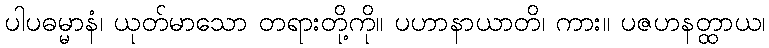
ပါပဓမ္မာနံ၊ ယုတ်မာသော တရားတို့ကို။ ပဟာနာယာတိ၊ ကား။ ပဇဟနတ္ထာယ၊